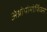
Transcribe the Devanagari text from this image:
अंथ्रोपोमोर्फिक्स